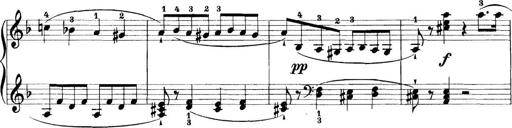
Title: 11 Sonatinas
Composer: Anton Diabelli